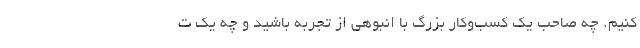
کنیم. چه صاحب یک کسب‌وکار بزرگ با انبوهی از تجربه باشید و چه یک ت